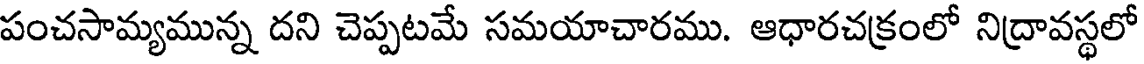
పంచసామ్యమున్న దని చెప్పటమే సమయాచారము. ఆధారచక్రంలో నిద్రావస్థలో